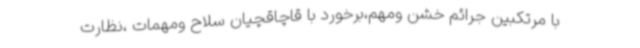
با مرتکبین جرائم خشن ومهم،برخورد با قاچاقچیان سلاح ومهمات ،نظارت